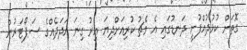
ގޮތަށް ކުޅުދުއްފުށީ ދަނޑުގައި އެ މެޗު ކުރިއަށްދިޔަ އިރު ގިނަ އަދަދެއްގެ ސަޕޯޓަރުން